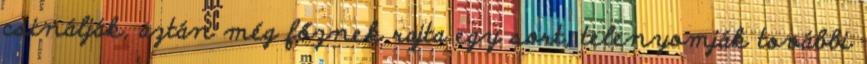
csinálják, aztán még főznek rajta egy sort, telenyomják további